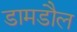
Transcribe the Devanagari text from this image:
डामडौल